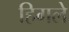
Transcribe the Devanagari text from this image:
हिगले